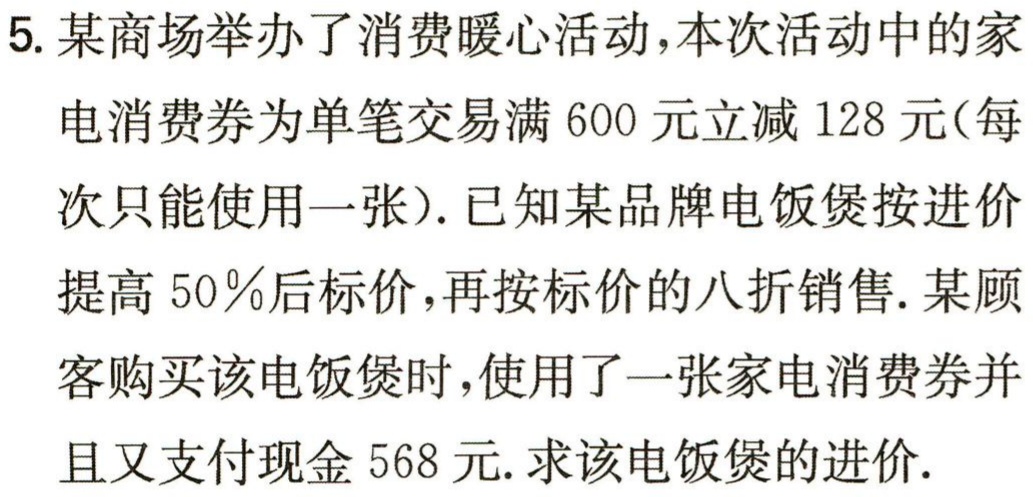
5. 某商场举办了消费暖心活动，本次活动中的家电消费券为单笔交易满 600 元立减 128 元(每次只能使用一张). 已知某品牌电饭煲按进价提高 50％后标价，再按标价的八折销售. 某顾客购买该电饭煲时，使用了一张家电消费券并且又支付现金 568 元. 求该电饭煲的进价.